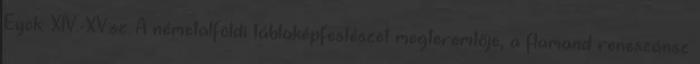
Eyck: XIV.-XV:sz. A németalföldi táblaképfestészet megteremtője, a flamand reneszánsz